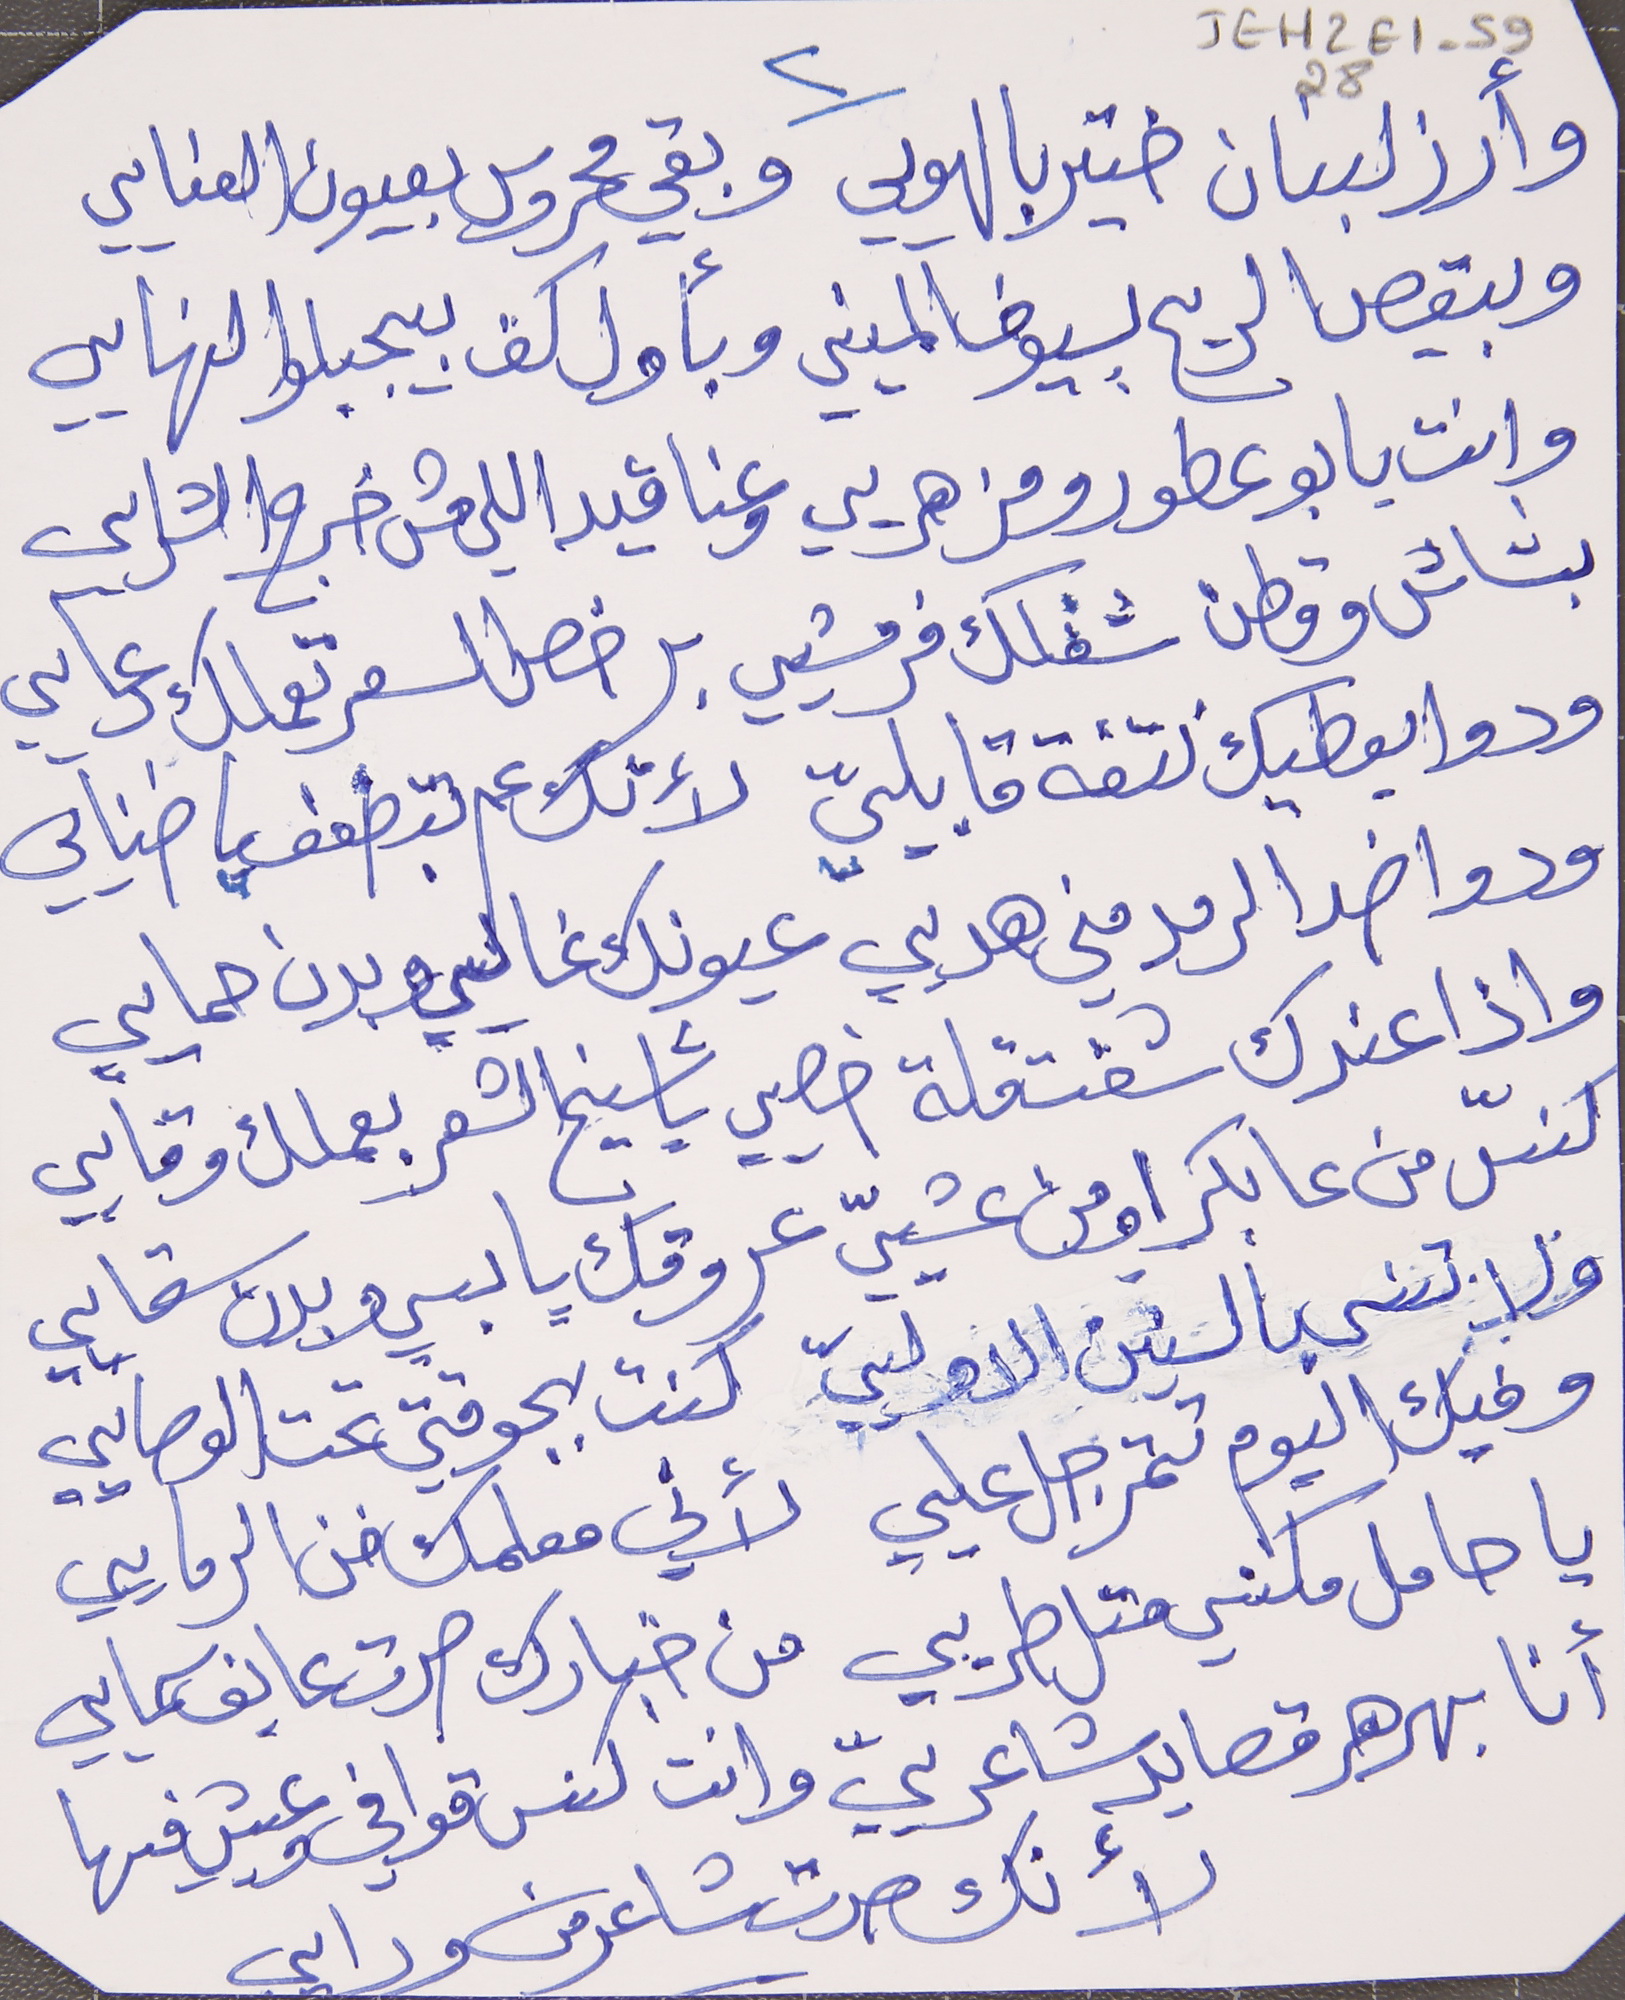
JEH2E1-5928
وأرز لبنان ختير بالهويي     وبقي محروس بعيون العنايي
وبيقص الريح بسيوف المنيي     وبأول كف بيجبلو النهايي
وانت يا بو عطور ومزهريي     وعناقيد اللي مش خرج الشرايي
بشاش وقطن شفلك فرمشيي     برخص السعر تعملك دعايي
 ودوا بعطيك نتفة قابلييّ     لأنك عم بتضعف يا ضنايي
ودوا ضد الرمد مني هديي     عيونك غاليي وبدن حمايي
واذا عندك شفت قلة خصيي     يا شيخ الشعر بعملك وقايي
كنسّ من عابكرا ومن عشييّ     عروقك يابسي وبدن سقايي
ولا تنسى بالسنين الاولييّ     كنت بجوقتي تحت الوصايي
وفيك اليوم تتمرجل عليي     لأني معلمك فن الرمايي
 يا حامل مكنسي متل طريي     من خبارك صرت عايف سمايي
أنا بهرهر قصايد شاعرييّ     وانت كنس قوافي وعيش فيها
لأنك صرت شاعر من ورايي
٢